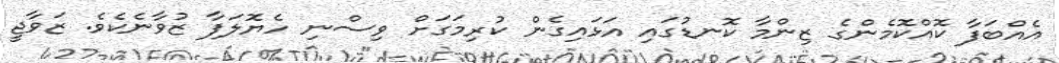
އެއްބަފާ ކޮއްކޮމެންގެ ޒިންމާ ކޮނޑުގައި އަޅައިގެން ކުރިމަގަށް ވިސްނި ހެޔޮލަފާ ޒުވާނެކެވެ. ޒަވާޖީ